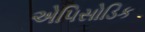
એપિસોડિક